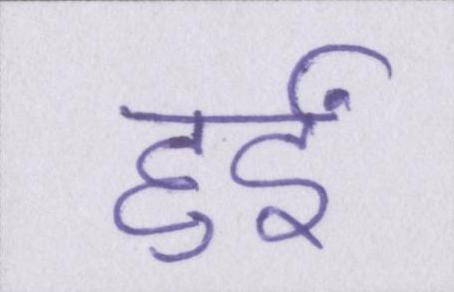
हुईं